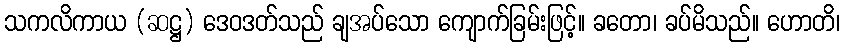
သကလိကာယ (ဆဋ္ဌ) ဒေဝဒတ်သည် ချအပ်သော ကျောက်ခြမ်းဖြင့်။ ခတော၊ ခပ်မိသည်။ ဟောတိ၊